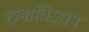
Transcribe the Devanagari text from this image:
छ्द्मविज्ञान